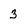
Character: 3